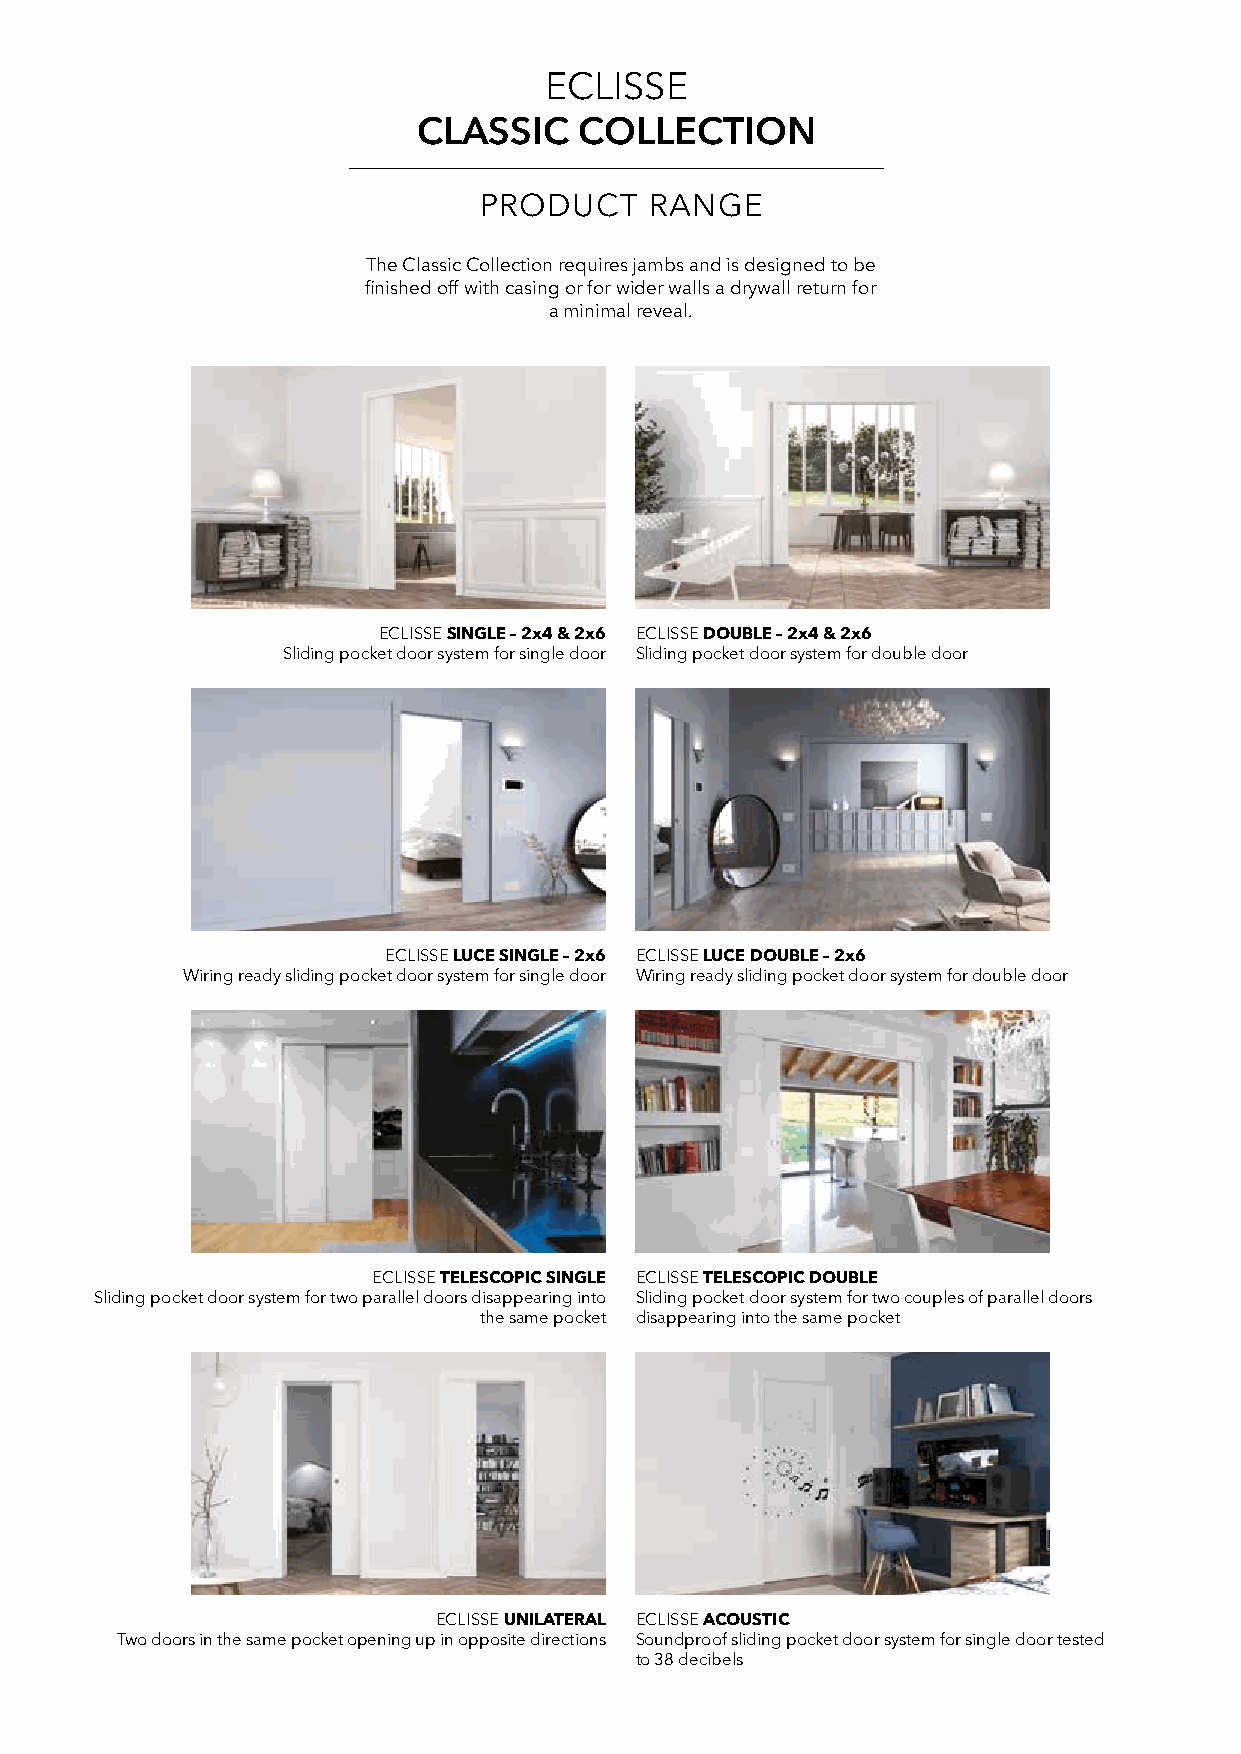
ECLISSE
 CLASSIC   COLLECTION
 PRODUCT    RANGE
 The Classic Collection requires jambs and is designed to be
 finished off with casing or for wider walls a drywall return for
 a minimal reveal.
 ECLISSE SINGLE – 2x4 & 2x6 ECLISSE DOUBLE – 2x4 & 2x6
 Sliding pocket door system for single door Sliding pocket door system for double door
 ECLISSE LUCE SINGLE – 2x6 ECLISSE LUCE DOUBLE – 2x6
 Wiring ready sliding pocket door system for single door Wiring ready sliding pocket door system for double door
 ECLISSE TELESCOPIC SINGLE ECLISSE TELESCOPIC DOUBLE
 Sliding pocket door system for two parallel doors disappearing into Sliding pocket door system for two couples of parallel doors
 the same pocket disappearing into the same pocket
 ECLISSE UNILATERAL ECLISSE ACOUSTIC
 Two doors in the same pocket opening up in opposite directions Soundproof sliding pocket door system for single door tested
 to 38 decibels